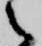
之